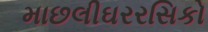
માછલીઘરરસિકો